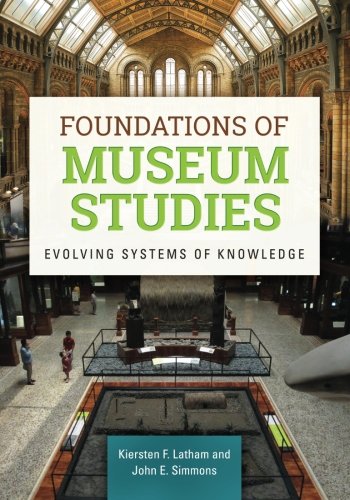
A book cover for Foundations of Museum Studies: Evolving Systems of Knowledge; Kiersten F. Latham; Business & Money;